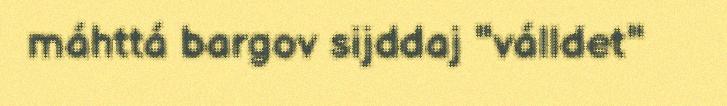
máhttá bargov sijddaj "válldet"